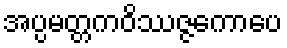
အပ္ပမတ္တကဝိဿဇ္ဇကောပေ